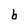
Character: b